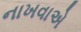
નાખવાએ